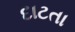
દાટતા